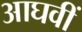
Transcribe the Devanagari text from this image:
आघवीं